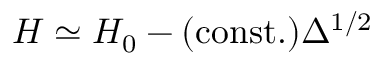
H \simeq H _ { 0 } - \mathrm { ( c o n s t . ) } \Delta ^ { 1 / 2 }